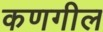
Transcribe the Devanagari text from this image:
कणगील